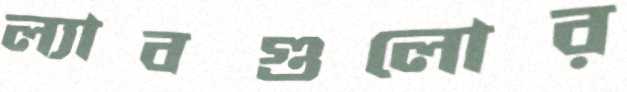
ল্যাবগুলোর